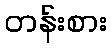
တန်းစား